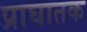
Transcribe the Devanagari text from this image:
प्राघातक